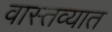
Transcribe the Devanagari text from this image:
वास्‍तव्‍यात